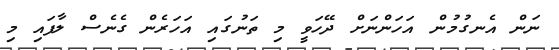
ނަން އެނގުމުން އަހަންނަށް ދޭހަވީ މި ތަނުގައި އަހަރެން ގެނެސް ލާފައި މި